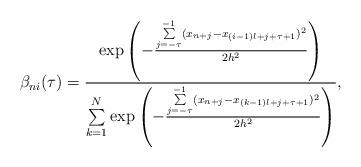
LaTeX: \begin{gather*}\beta_{ni}(\tau) = \frac{\exp\left(-\frac{\sum\limits_{j=-\tau}^{-1}(x_{n+j} - x_{(i-1)l+j + \tau + 1}) ^ 2}{2h^2}\right)}{\sum\limits_{k=1}^{N}\exp\left(-\frac{\sum\limits_{j=-\tau}^{-1}(x_{n+j} - x_{(k-1)l+j + \tau + 1}) ^ 2}{2h^2}\right)},\end{gather*}